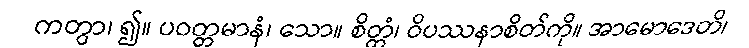
ကတွာ၊ ၍။ ပဝတ္တမာနံ၊ သော။ စိတ္တံ၊ ဝိပဿနာစိတ်ကို။ အာမောဒေတိ၊